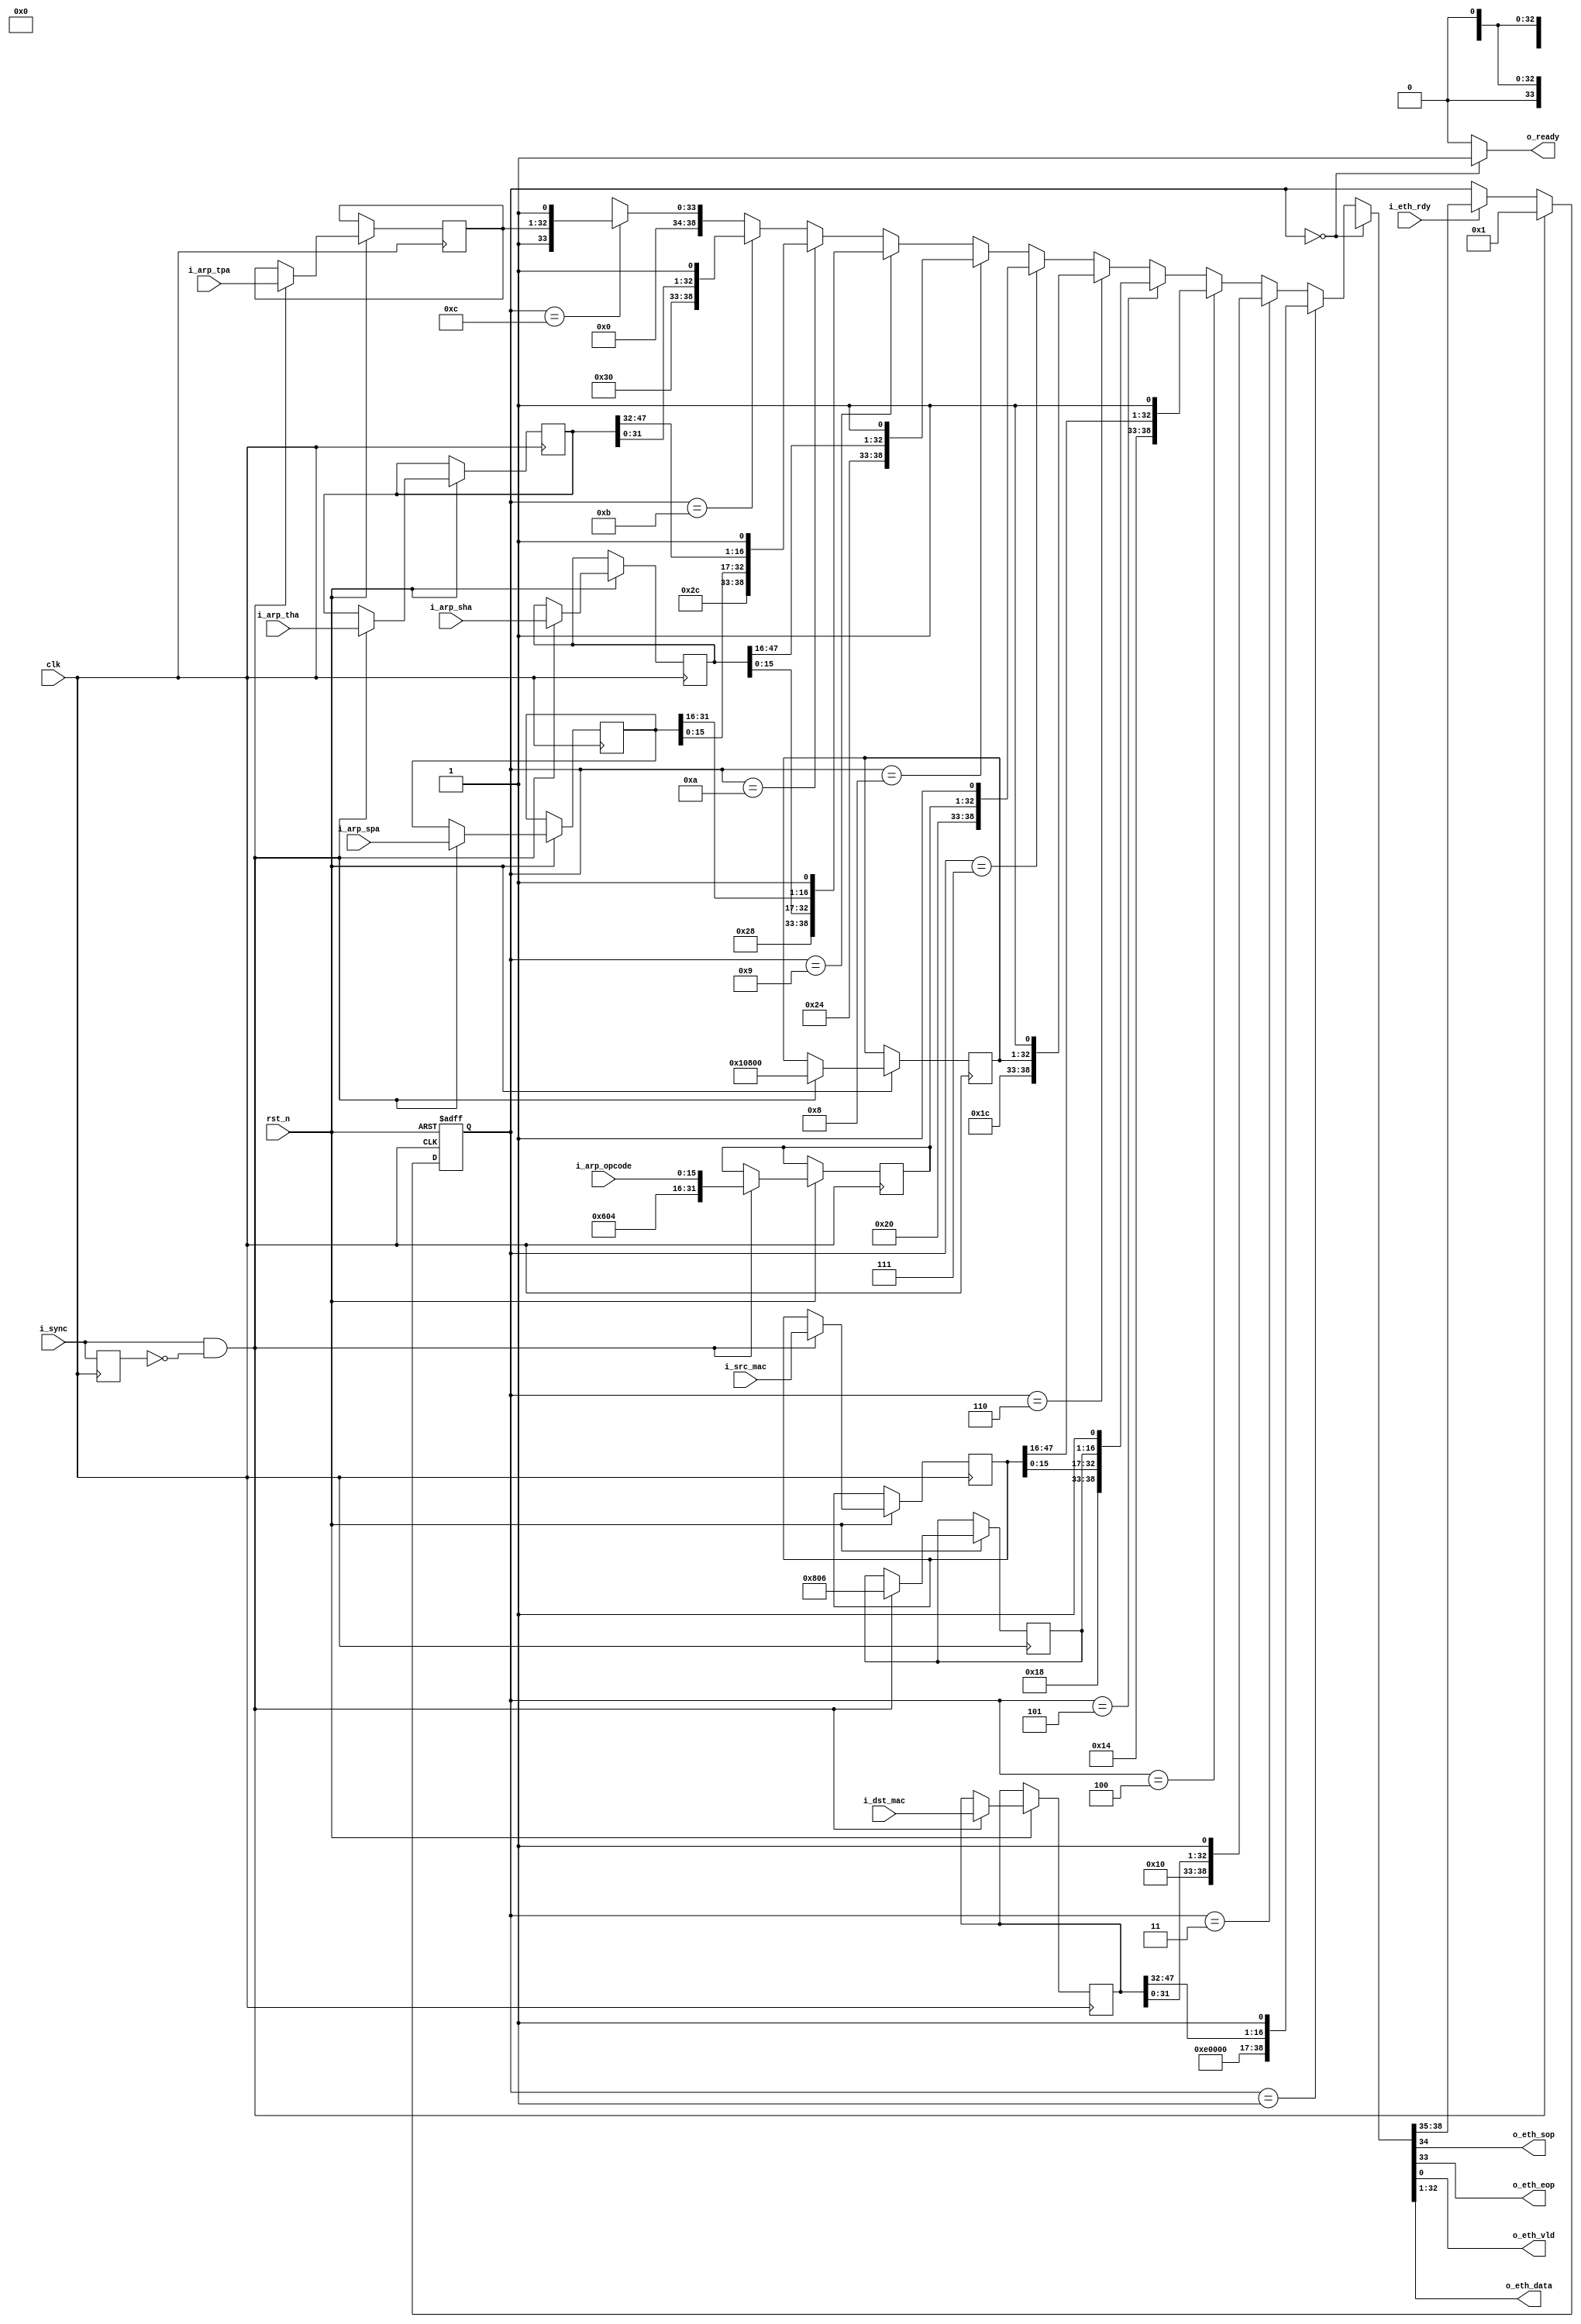
module send_arp_pkt(
	input						rst_n,
	input						clk,
	
	output						o_ready,
	input						i_sync,
	
	input		[47:0]			i_dst_mac,
	input		[47:0]			i_src_mac,

	input		[15:0]			i_arp_opcode,

	input		[47:0]			i_arp_sha,
	input		[31:0]			i_arp_spa,
	input		[47:0]			i_arp_tha,
	input		[31:0]			i_arp_tpa,

	output						o_eth_sop,
	output						o_eth_eop,
	output						o_eth_vld,
	output		[31:0]			o_eth_data,
	input						i_eth_rdy
);

	reg			[47:0]			dst_mac;
	reg			[47:0]			src_mac;
	reg			[15:0]			arp_pkt_type;
	reg			[31:0]			hdr1;
	reg			[31:0]			hdr2;
	reg			[15:0]			opcode;
	
	reg			[47:0]			sha;
	reg			[31:0]			spa;
	reg			[47:0]			tha;
	reg			[31:0]			tpa;
	
	reg			[0:0]			prev_sync;
	always @ (posedge clk) prev_sync <= i_sync;
	
	reg			[3:0]			s_step;
	
	assign o_ready = s_step == SS_NONE ? 1'b1 : 1'b0;
	
	parameter	[3:0]			SS_NONE = 4'd0,
								SS_START = 4'd1,
								SS_STEP_0 = 4'd2,
								SS_STEP_1 = 4'd3,
								SS_STEP_2 = 4'd4,
								SS_STEP_3 = 4'd5,
								SS_STEP_4 = 4'd6,
								SS_STEP_5 = 4'd7,
								SS_STEP_6 = 4'd8,
								SS_STEP_7 = 4'd9,
								SS_STEP_8 = 4'd10,
								SS_STEP_9 = 4'd11,
								SS_STEP_A = 4'd12,
								SS_STEP_B = 4'd13;
	
	wire		[3:0]			next_step;
	reg			[4:0]			dummy_cnt;
	
	always @ (posedge clk or negedge rst_n)
		if(~rst_n)
			s_step <= SS_NONE;
		else
			if(i_sync & ~prev_sync) begin
				s_step <= SS_START;
				
				dst_mac <= i_dst_mac;
				src_mac <= i_src_mac;
				arp_pkt_type <= 16'h0806;
				hdr1 <= {16'h0001, 16'h0800};
				hdr2 <= {8'h6, 8'h4, i_arp_opcode};
				sha <= i_arp_sha;
				spa <= i_arp_spa;
				tha <= i_arp_tha;
				tpa <= i_arp_tpa;
				dummy_cnt <= 5'd0;
			end
			else begin
				s_step <= i_eth_rdy ? next_step : s_step;
				dummy_cnt <= i_eth_rdy & ~&{dummy_cnt} && s_step == SS_STEP_B ? dummy_cnt + 1'd1 : dummy_cnt;
			end
				
	assign {next_step, o_eth_sop, o_eth_eop, o_eth_data, o_eth_vld} =
		s_step == SS_NONE ? 	{SS_NONE, 1'b0, 1'b0, 32'dX, 1'b0} :
		s_step == SS_START ?	{SS_STEP_1, 1'b1, 1'b0, 16'd0, dst_mac[47:32], 1'b1} :
		s_step == SS_STEP_1 ?	{SS_STEP_2, 1'b0, 1'b0, dst_mac[31:0], 1'b1} :
		s_step == SS_STEP_2 ?	{SS_STEP_3, 1'b0, 1'b0, src_mac[47:16], 1'b1} :
		s_step == SS_STEP_3 ?	{SS_STEP_4, 1'b0, 1'b0, src_mac[15:0], arp_pkt_type, 1'b1} :
		s_step == SS_STEP_4 ?	{SS_STEP_5, 1'b0, 1'b0, hdr1[31:0], 1'b1} :
		s_step == SS_STEP_5 ?	{SS_STEP_6, 1'b0, 1'b0, hdr2[31:0], 1'b1} :
		s_step == SS_STEP_6 ?	{SS_STEP_7, 1'b0, 1'b0, sha[47:16], 1'b1} :
		s_step == SS_STEP_7 ?	{SS_STEP_8, 1'b0, 1'b0, sha[15:0], spa[31:16], 1'b1} :
		s_step == SS_STEP_8 ?	{SS_STEP_9, 1'b0, 1'b0, spa[15:0], tha[47:32], 1'b1} :
		s_step == SS_STEP_9 ?	{SS_STEP_A, 1'b0, 1'b0, tha[31:0], 1'b1} :
		s_step == SS_STEP_A ?	{SS_NONE, 1'b0, 1'b1, tpa[31:0], 1'b1} :	//{SS_STEP_B, 1'b0, 1'b0, tpa[31:0], 1'b1} :
		//s_step == SS_STEP_B ?	&{dummy_cnt} ? {SS_NONE, 1'b0, 1'b1, 32'd0, 1'b1} : {SS_STEP_B, 1'b0, 1'b0, 32'd0, 1'b1} :
								{SS_NONE, 1'b0, 1'b0, 32'dX, 1'b0};
								
endmodule